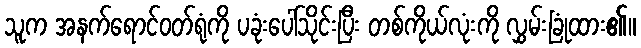
သူက အနက်ရောင်ဝတ်ရုံကို ပခုံးပေါ်သိုင်းပြီး တစ်ကိုယ်လုံးကို လွှမ်းခြုံထား၏။